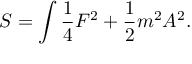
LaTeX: S = \int { \frac { 1 } { 4 } } F ^ { 2 } + { \frac { 1 } { 2 } } m ^ { 2 } A ^ { 2 } .